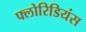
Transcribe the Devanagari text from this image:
फ्लोरिडियंस